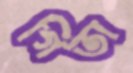
গিতা